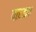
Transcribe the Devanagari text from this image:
वारकप